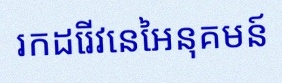
រកដេរីវេនៃអនុគមន៍